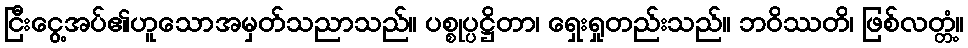
ငြီးငွေ့အပ်၏ဟူသောအမှတ်သညာသည်။ ပစ္စုပ္ပဋ္ဌိတာ၊ ရှေးရှုတည်းသည်။ ဘဝိဿတိ၊ ဖြစ်လတ္တံ့။